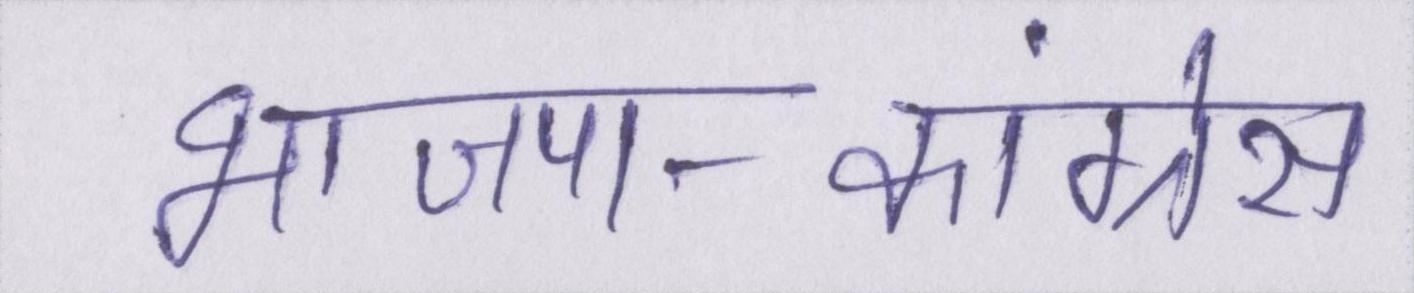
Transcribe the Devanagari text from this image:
भाजपा-कांग्रेस